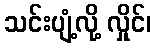
သင်းပျံ့လို့ လှိုင်၊